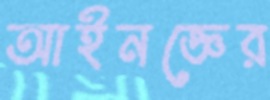
আইনজ্ঞের